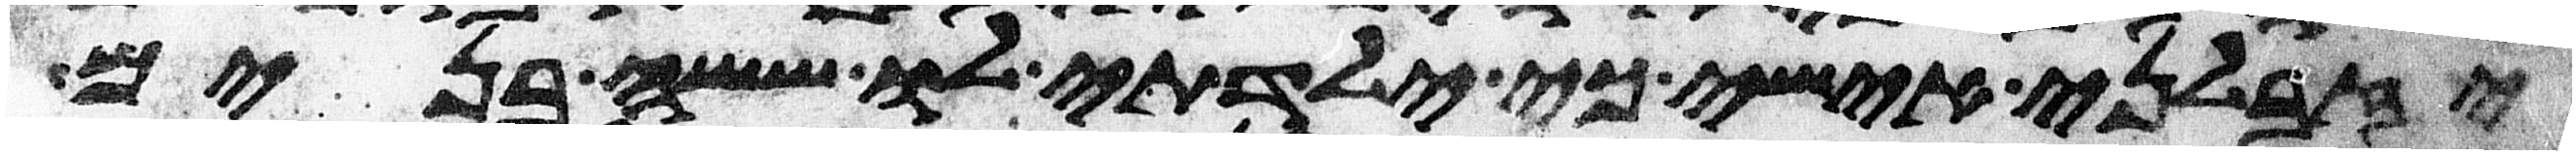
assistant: יזבלני אישי כי ילדתי לו ששה בנים